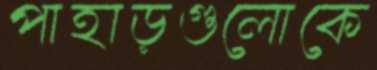
পাহাড়গুলোকে